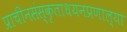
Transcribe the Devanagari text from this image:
प्राचीनसंस्कृताधयनप्रणाल्या